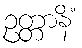
ဥတ္တာနိံ